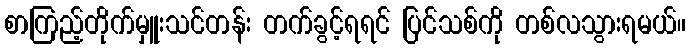
စာကြည့်တိုက်မှူးသင်တန်း တက်ခွင့်ရရင် ပြင်သစ်ကို တစ်လသွားရမယ်။